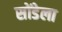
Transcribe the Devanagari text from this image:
सोंडेला